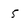
Character: 5